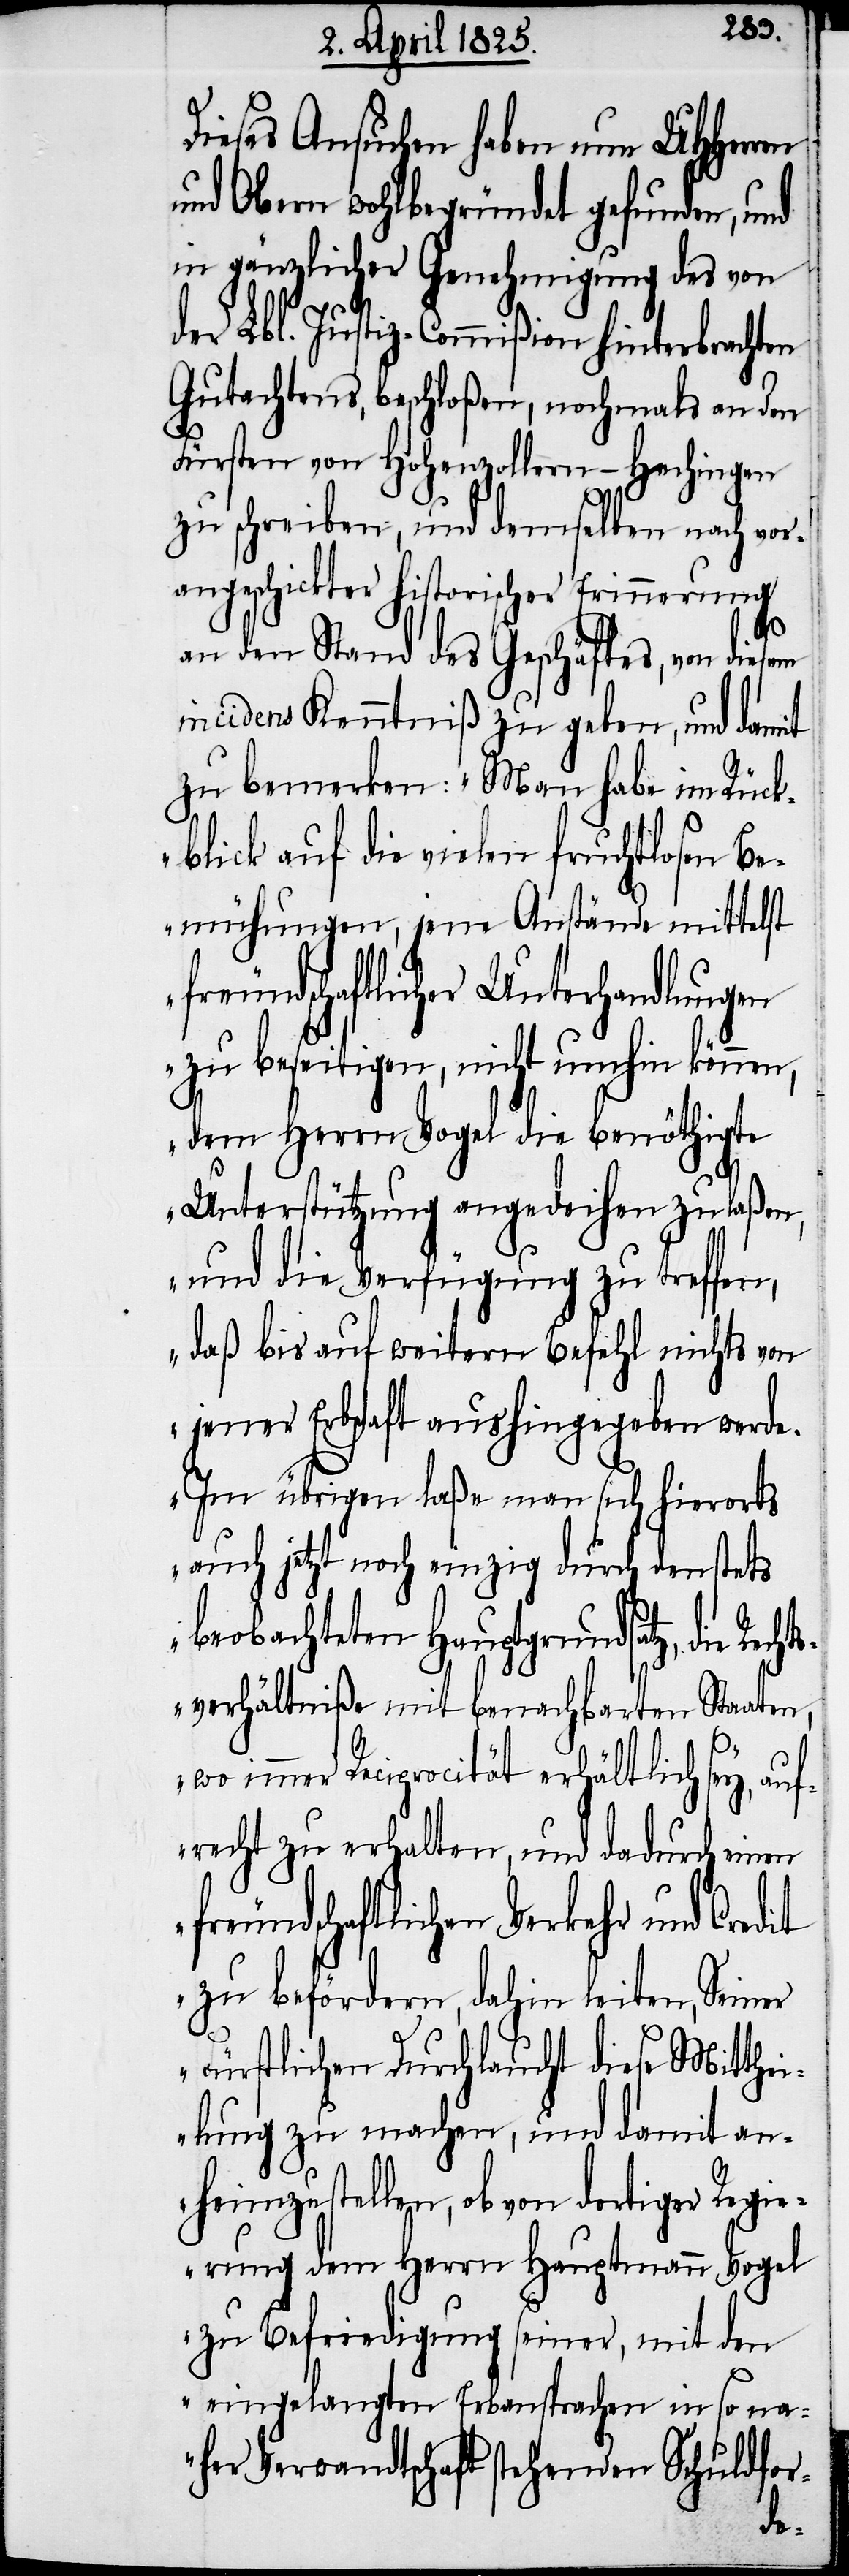
Dieses Ansuchen haben nun UHHerren
und Obern wohlbegründet gefunden, und
in gänzlicher Genehmigung des von
der Lbl. Justiz-Commißion hinterbrachten
Gutachtens, beschloßen, nochmals an den
Fürsten von Hohenzollern-Hechingen
zu schreiben, und demselben nach vor¬
angeschickter historischer Erinnerung
an den Stand des Geschäftes, von diesem
incidens Kenntniß zu geben, und damit
zu bemerken: „Man habe im Rück¬
blick auf die vielen fruchtlosen Be¬
mühungen, jene Anstände mittelst
freundschaftlicher Unterhandlungen
zu beseitigen, nicht umhin können,
dem Herrn Vogel die benöthigte
Unterstützung angedeihen zu laßen,
und die Verfügung zu treffen,
daß bis auf weitern Befehl nichts von
jener Erbschaft aushingegeben werde.
Im übrigen laße man sich hierorts
auch jetzt noch einzig durch den stets
beobachteten Hauptgrundsatz, die Rech¬
tsverhältniße mit benachbarten Staaten,
wo immer Reciprocität erhältlich sey, auf¬
recht zu erhalten, und dadurch einen
freundschaftlichen Verkehr und
zu befördern, dahin leiten, Seiner
Fürstlichen Durchlaucht diese Mitthei¬
lung zu machen, und damit an¬
heimzustellen, ob von dortiger
erung dem Herrn Hauptmann Vogel
zu Befriedigung seiner, mit den
eingelangten Erbansprachen in so na¬
her Verwandtschaft stehenden Schuldfor-
gi¬